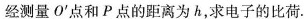
经测量О'点和P点的距离为h，求电子的比荷。